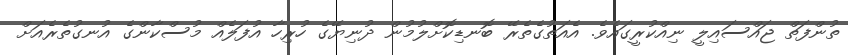
ތުންފަތް ޖައްސައިލީ ނިއްކުރީގައެވެ. އެއަތުގެތެރޭ ބޮނޑިކޮށްލުމުން ދުނިޔޭގެ ހުރިހާ އުފަލެއް މުސްކާންގެ އުނގުތެރެއަށް